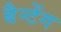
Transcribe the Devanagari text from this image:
बैन्टेंग